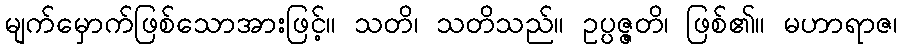
မျက်မှောက်ဖြစ်သောအားဖြင့်။ သတိ၊ သတိသည်။ ဥပ္ပဇ္ဇတိ၊ ဖြစ်၏။ မဟာရာဇ၊